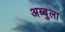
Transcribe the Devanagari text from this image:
अब्बुला